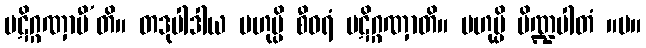
ပဋိဂ္ဂဏှာမီ’တိ။ တဒုပါဒါယ ဗဟုမ္ပိ စီဝရံ ပဋိဂ္ဂဏှာတိ။ ဗဟုမ္ပိ ပိဏ္ဍပါတံ ။ပ။